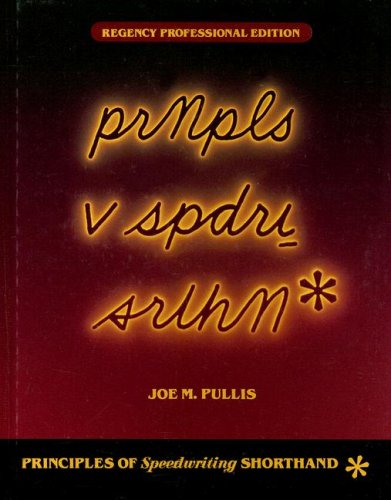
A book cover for Principles of Speedwriting Shorthand, Regency Professional Edition (Student Text); Joe M. Pullis; Business & Money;